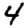
Digit: 4